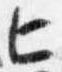
匕